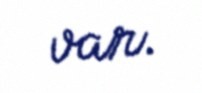
var.